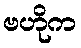
ဗဟိုက